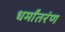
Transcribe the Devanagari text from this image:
धर्मांतरंण